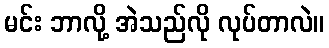
မင်း ဘာလို့ အဲသည်လို လုပ်တာလဲ။